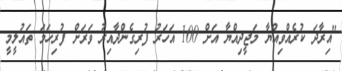
"އިރާދަ ކުރެއްވިއްޔާ މަޖީދިއްޔާ އަށް 100 އަހަރު ފުރިގެންދާއިރު ވަރަށް ފުރިހަމަ ތައުލީމީ